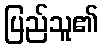
ပြည်သူ၏